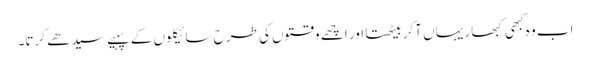
اب وہ کبھی کبھار یہاں آکر بیٹھتا اور اچھے وقتوں کی طرح سائیکلوں کے پہیے سیدھے کرتا۔